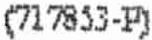
(717853-P)